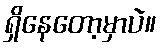
ရှိနေတော့မှာပဲ။